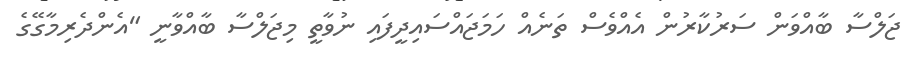
ޖަލްސާ ބާއްވަން ސަރުކާރުން އެއްވެސް ތަނެއް ހަމަޖައްސައިދީފައި ނުވާތީ މިޖަލްސާ ބާއްވާނީ "އެންދެރިމާގޭގެ